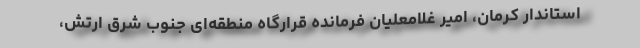
استاندار کرمان، امیر غلامعلیان فرمانده قرارگاه منطقه‌ای جنوب شرق ارتش،